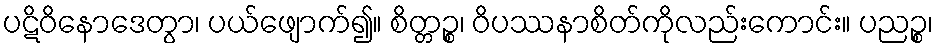
ပဋိဝိနောဒေတွာ၊ ပယ်ဖျောက်၍။ စိတ္တဉ္စ၊ ဝိပဿနာစိတ်ကိုလည်းကောင်း။ ပညဉ္စ၊